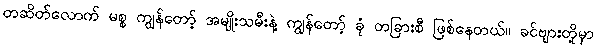
တဆိတ်လောက် မစ္စ ကျွန်တော့် အမျိုးသမီးနဲ့ ကျွန်တော့် ခုံ တခြားစီ ဖြစ်နေတယ်။ ခင်ဗျားတို့မှာ